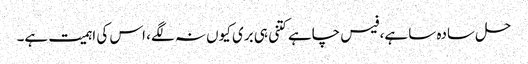
حل سادہ سا ہے، فیس چاہے کتنی ہی بری کیوں نہ لگے، اس کی اہمیت ہے۔